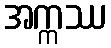
အက္ကဿ